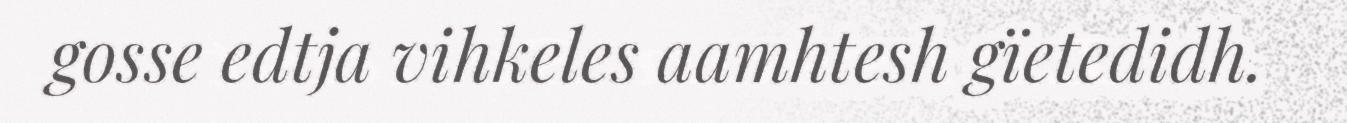
gosse edtja vihkeles aamhtesh gïetedidh.